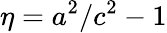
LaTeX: \eta=a^{2}/c^{2}-1